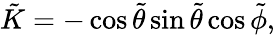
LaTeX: \tilde{K}=-\cos{\tilde{\theta}}\sin{\tilde{\theta}}\cos{\tilde{\phi}},